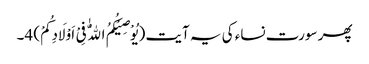
پھر سورت نساء کی یہ آیت (یُوْصِیْکُمُ اللّٰهُ فِیْ اَوْلَادِکُمْ) 4۔